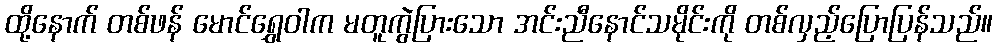
ထို့နောက် တစ်ဖန် မောင်ရွှေဝါက မတူကွဲပြားသော အင်းညီနောင်သမိုင်းကို တစ်လှည့်ပြောပြန်သည်။